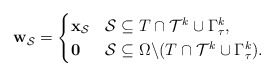
\begin{align*} \mathbf{w}_\mathcal{S} =\begin{cases}\mathbf{x}_{\mathcal{S}} & \mathcal{S} \subseteq T \cap \mathcal{T}^{k} \cup{\Gamma}^k_\tau,\\\mathbf{0} & \mathcal{S} \subseteq \Omega \backslash (T\cap \mathcal{T}^{k} \cup{\Gamma}^k_\tau).\end{cases}\end{align*}